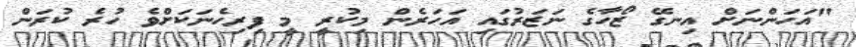
"އަހަންނަށް އިނގޭ ޒޯހާގެ ނަޒަރުގައި އަހަރެން މިކުރީ މީ ފިރިހެނަކަށްވެ ހުރެ ކުރަން